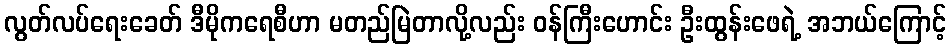
လွတ်လပ်ရေးခေတ် ဒီမိုကရေစီဟာ မတည်မြဲတာလို့လည်း ဝန်ကြီးဟောင်း ဦးထွန်းဖေရဲ့ အဘယ်ကြောင့်